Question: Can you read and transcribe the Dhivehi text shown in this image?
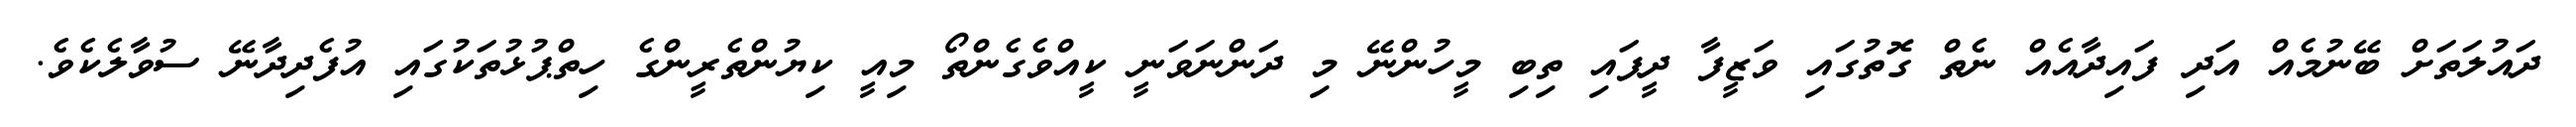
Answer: ދައުލަތަށް ބޭނުމެއް އަދި ފައިދާއެއް ނެތް ގޮތުގައި ވަޒީފާ ދީފައި ތިބި މީހުންނޭ މި ދަންނަވަނީ ކީއްވެގެންތޯ މިއީ ކިޔުންތެރީންގެ ހިތްޕުޅުތަކުގައި އުފެދިދާނޭ ސުވާލެކެވެ.